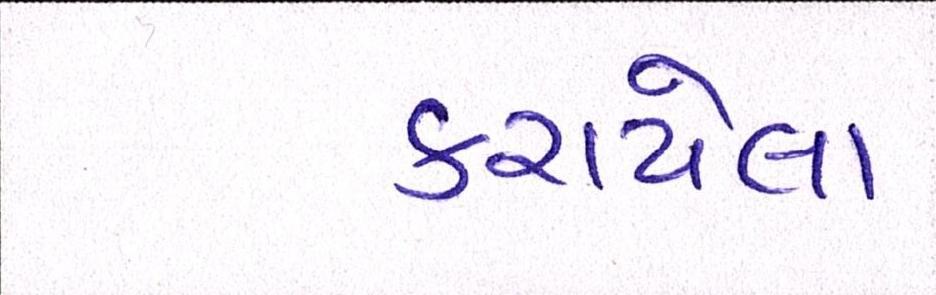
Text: કરાયેલા